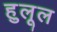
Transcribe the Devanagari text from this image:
हुलूल